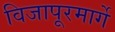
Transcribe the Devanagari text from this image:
विजापूरमार्गे